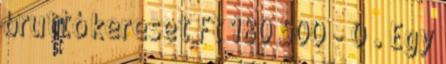
bruttó kereset Ft 180 500 - 0 . Egy